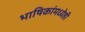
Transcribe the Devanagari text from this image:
भाषिकांमध्येही